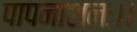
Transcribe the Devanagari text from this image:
पापनाशनः।।